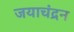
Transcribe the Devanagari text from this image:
जयाचंद्रन